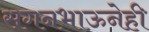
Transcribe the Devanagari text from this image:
सगनभाऊनेही